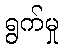
ရွက်မှု